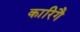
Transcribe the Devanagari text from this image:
कारिगै